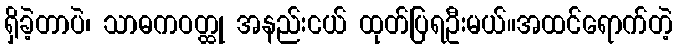
ရှိခဲ့တာပဲ၊ သာဓကဝတ္ထု အနည်းငယ် ထုတ်ပြရဦးမယ်။အထင်ရောက်တဲ့